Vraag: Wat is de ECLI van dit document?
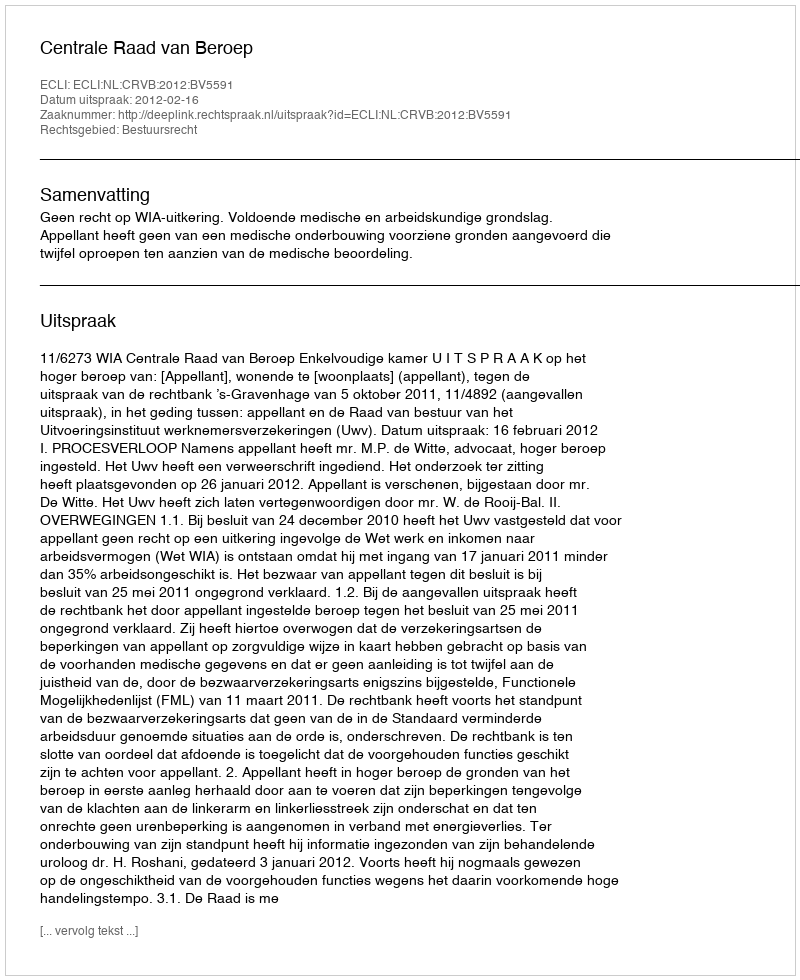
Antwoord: ECLI:NL:CRVB:2012:BV5591